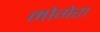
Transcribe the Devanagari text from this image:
मोगेरा